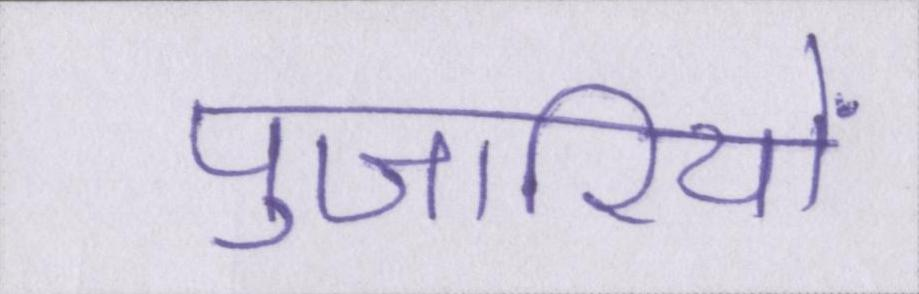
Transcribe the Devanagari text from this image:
पुजारियों